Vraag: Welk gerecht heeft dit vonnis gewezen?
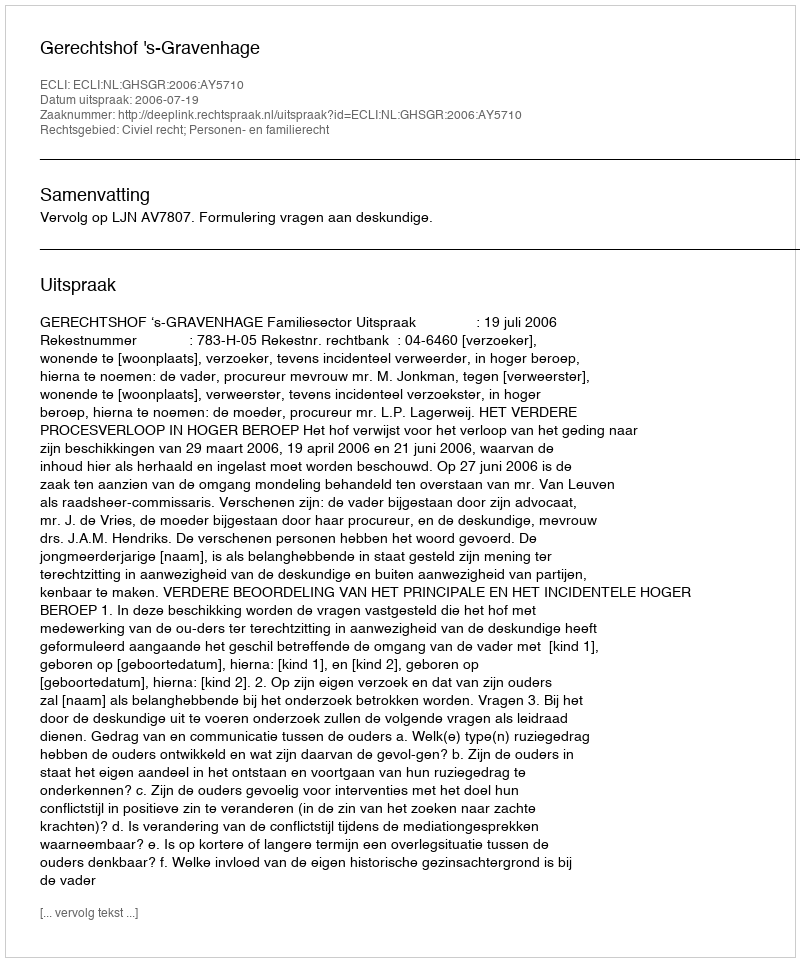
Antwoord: Gerechtshof 's-Gravenhage